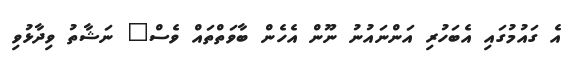
އެ ގައުމުގައި އެބަހުރި އަންނައުނު ނޫން އެހެން ބާވަތްތައް ވެސް" ނަޝާތު ވިދާޅުވި